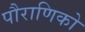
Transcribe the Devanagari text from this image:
पौराणिको